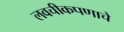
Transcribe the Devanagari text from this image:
लवचीकपणाचे